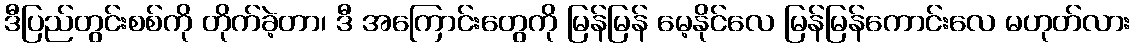
ဒီပြည်တွင်းစစ်ကို တိုက်ခဲ့တာ၊ ဒီ အကြောင်းတွေကို မြန်မြန် မေ့နိုင်လေ မြန်မြန်ကောင်းလေ မဟုတ်လား